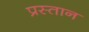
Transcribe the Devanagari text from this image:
प्रस्तान